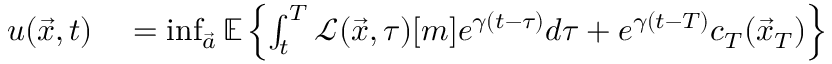
\begin{array} { r l } { u ( \vec { x } , t ) } & { { } = \operatorname* { i n f } _ { \vec { a } } \mathbb { E } \left\{ \int _ { t } ^ { T } \mathcal { L } ( \vec { x } , \tau ) [ m ] e ^ { \gamma ( t - \tau ) } d \tau + e ^ { \gamma ( t - T ) } c _ { T } ( \vec { x } _ { T } ) \right\} } \end{array}